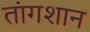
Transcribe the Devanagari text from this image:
तांगशान